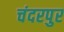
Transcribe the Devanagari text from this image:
चंदरपुर